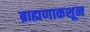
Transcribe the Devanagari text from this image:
ब्राह्मणाकशून